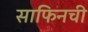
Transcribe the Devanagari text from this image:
साफिनची